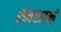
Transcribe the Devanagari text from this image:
श्मशानं